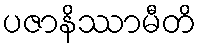
ပဇာနိဿာမီတိ